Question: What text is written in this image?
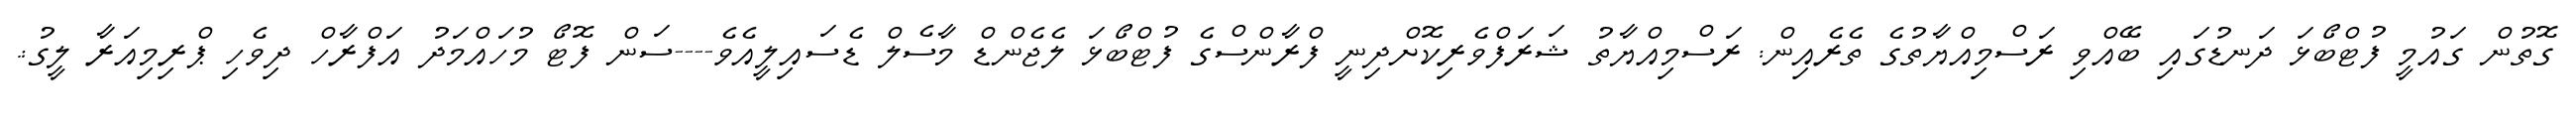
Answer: ގޮތުން ގައުމީ ފުޓްބޯޅަ ދަނޑުގައި ބޭއްވި ރަސްމިއްޔާތުގެ ތެރެއިން: ރަސްމިއްޔާތު ޝަރަފްވެރިކޮށްދިނީ ފްރާންސްގެ ފުޓްބޯޅަ ލެޖެންޑް މާސެލް ޑެސައިލީއެވެ----ސަން ފޮޓޯ މުހައްމަދު އަފްރާހް ދިވެހި ޕްރިމިއަރާ ލީގު:.